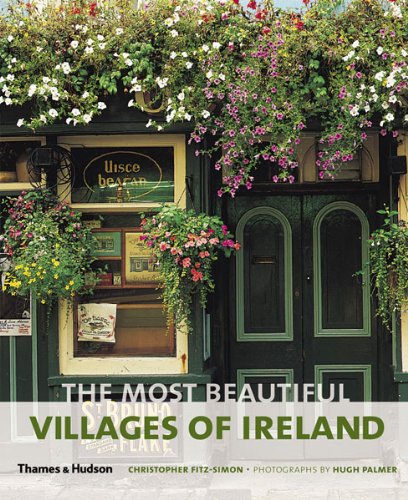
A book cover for The Most Beautiful Villages of Ireland (The Most Beautiful Villages); Christopher Fitz-Simon; Travel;